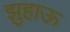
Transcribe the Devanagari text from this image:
झुहाऊ